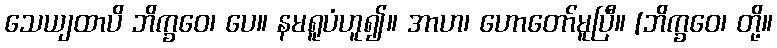
သေယျထာပိ ဘိက္ခဝေ၊ ပေ။ နမရူပံဟူ၍။ အာဟ၊ ဟောတော်မူပြီ။ [ဘိက္ခဝေ၊ တို့။